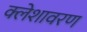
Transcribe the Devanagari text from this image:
क्लेशावरण